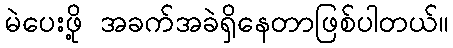
မဲပေးဖို့ အခက်အခဲရှိနေတာဖြစ်ပါတယ်။